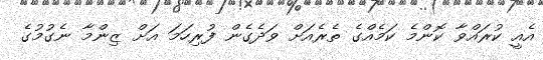
އެއީ ކުރައްވާ ކޮންމެ ކަމެއްގެ ތެރެއަށް ވަދެގެން ފުރިހަމަ އަށް ޒިންމާ ނެގުމުގެ